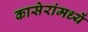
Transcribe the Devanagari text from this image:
कासेरांमध्यें